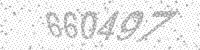
Solution: 660497